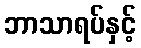
ဘာသာရပ်နှင့်